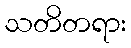
သတိတရား